Civil Veterinary Dept. North-West Frontier Province 1933-46 - 1933-1946
Year: 1933
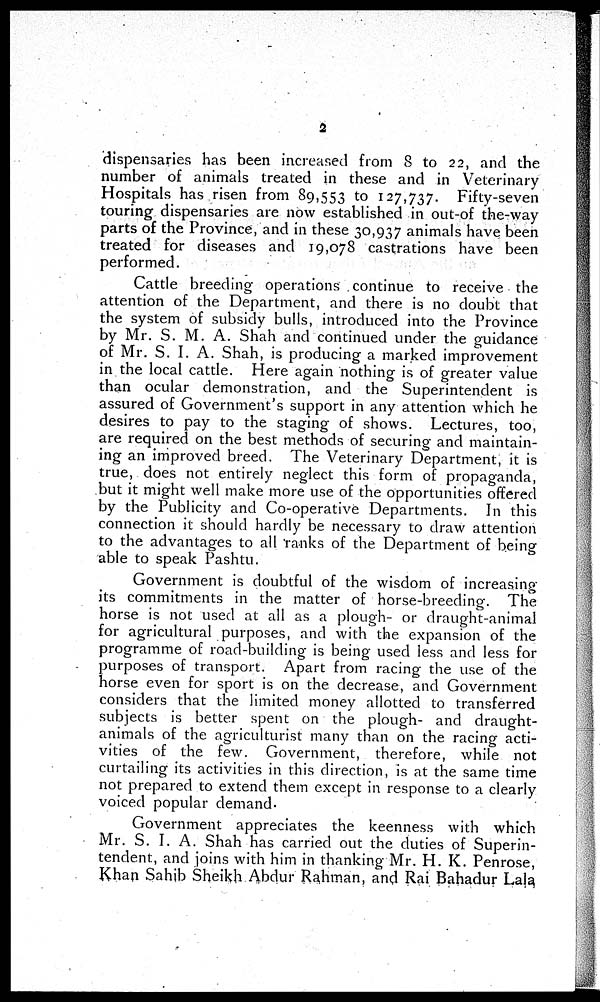
2
dispensaries has been increased from 8 to 22, and the
number of animals treated in these and in Veterinary
Hospitals has risen from 89,553 to 127,737. Fifty-seven
touring dispensaries are now established in out-of the-way
parts of the Province, and in these 30,937 animals have been
treated for diseases and 19,078 castrations have been
performed.
Cattle breeding operations continue to receive the
attention of the Department, and there is no doubt that
the system of subsidy bulls, introduced into the Province
by Mr. S. M. A. Shah and continued under the guidance
of Mr. S. I. A. Shah, is producing a marked improvement
in the local cattle. Here again nothing is of greater value
than ocular demonstration, and the Superintendent is
assured of Government's support in any attention which he
desires to pay to the staging of shows. Lectures, too,
are required on the best methods of securing and maintain-
ing an improved breed. The Veterinary Department, it is
true, does not entirely neglect this form of propaganda,
but it might well make more use of the opportunities offered
by the Publicity and Co-operative Departments. In this
connection it should hardly be necessary to draw attention
to the advantages to all ranks of the Department of being
able to speak Pashtu.
Government is doubtful of the wisdom of increasing
its commitments in the matter of horse-breeding. The
horse is not used at all as a plough- or draught-animal
for agricultural purposes, and with the expansion of the
programme of road-building is being used less and less for
purposes of transport. Apart from racing the use of the
horse even for sport is on the decrease, and Government
considers that the limited money allotted to transferred
subjects is better spent on the plough- and draught-
animals of the agriculturist many than on the racing acti-
vities of the few. Government, therefore, while not
curtailing its activities in this direction, is at the same time
not prepared to extend them except in response to a clearly
voiced popular demand.
Government appreciates the keenness with which
Mr. S. I. A. Shah has carried out the duties of Superin-
tendent, and joins with him in thanking Mr. H. K. Penrose,
Khan Sahib Sheikh Abdur Rahman, and Rai Bahadur Lala